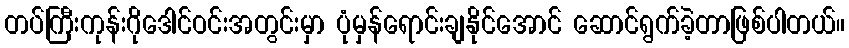
တပ်ကြီးကုန်းဂိုဒေါင်ဝင်းအတွင်းမှာ ပုံမှန်ရောင်းချနိုင်အောင် ဆောင်ရွက်ခဲ့တာဖြစ်ပါတယ်။